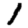
Digit: 1